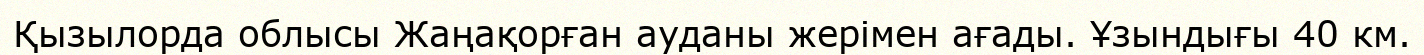
Қызылорда облысы Жаңақорған ауданы жерімен ағады. Ұзындығы 40 км.